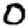
Digit: 0